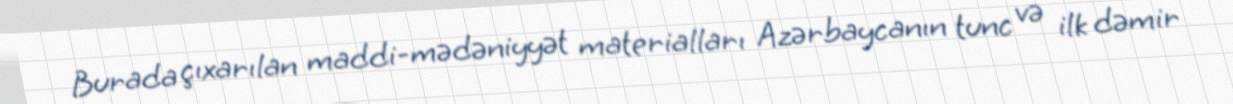
Burada çıxarılan maddi-mədəniyyət materialları Azərbaycanın tunc və ilk dəmir